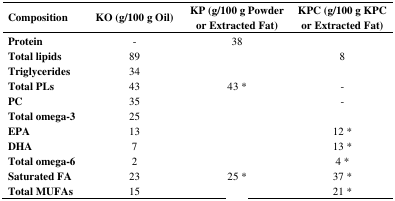
<table><thead><tr><td><b>Composition</b></td><td><b>KO (g/100 g Oil)</b></td><td><b>KP (g/100 g Powder or Extracted Fat)</b></td><td><b>KPC (g/100 g KPC or Extracted Fat)</b></td></tr></thead><tbody><tr><td><b>Protein</b></td><td>-</td><td>38</td><td>[EMPTY_CELL]</td></tr><tr><td><b>Total lipids</b></td><td>89</td><td>[EMPTY_CELL]</td><td>8</td></tr><tr><td><b>Triglycerides</b></td><td>34</td><td>[EMPTY_CELL]</td><td>[EMPTY_CELL]</td></tr><tr><td><b>Total PLs</b></td><td>43</td><td>43 *</td><td>-</td></tr><tr><td><b>PC</b></td><td>35</td><td>[EMPTY_CELL]</td><td>-</td></tr><tr><td><b>Total omega-3</b></td><td>25</td><td>[EMPTY_CELL]</td><td>[EMPTY_CELL]</td></tr><tr><td><b>EPA</b></td><td>13</td><td>[EMPTY_CELL]</td><td>12 *</td></tr><tr><td><b>DHA</b></td><td>7</td><td>[EMPTY_CELL]</td><td>13 *</td></tr><tr><td><b>Total omega-6</b></td><td>2</td><td>[EMPTY_CELL]</td><td>4 *</td></tr><tr><td><b>Saturated FA</b></td><td>23</td><td>25 *</td><td>37 *</td></tr><tr><td><b>Total MUFAs</b></td><td>15</td><td>[EMPTY_CELL]</td><td>21 *</td></tr></tbody></table>